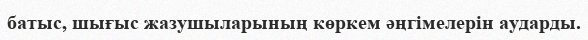
батыс, шығыс жазушыларының көркем әңгімелерін аударды.